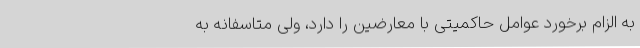
به الزام برخورد عوامل حاکمیتی با معارضین را دارد، ولی متاسفانه به